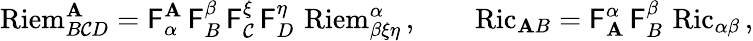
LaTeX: \operatorname{Riem}^{\mathbf{A}}_{B\mathcal{C}D}=\mathsf{{F}}_{\alpha}^{\mathbf{A}}\, \mathsf{{F}}_{B}^{\beta}\, \mathsf{{F}}_{\mathcal{C}}^{\xi}\, \mathsf{{F}}_{D}^{\eta}\, \operatorname{Riem}^{\alpha}_{\beta\xi\eta}\, ,\qquad\operatorname{Ric}_{\mathbf{A}B}=\mathsf{{F}}_{\mathbf{A}}^{\alpha}\, \mathsf{{F}}_{B}^{\beta}\, \operatorname{Ric}_{\alpha\beta}\, ,